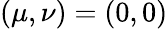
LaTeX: \left(\mu,\nu\right)=\left(0,0\right)